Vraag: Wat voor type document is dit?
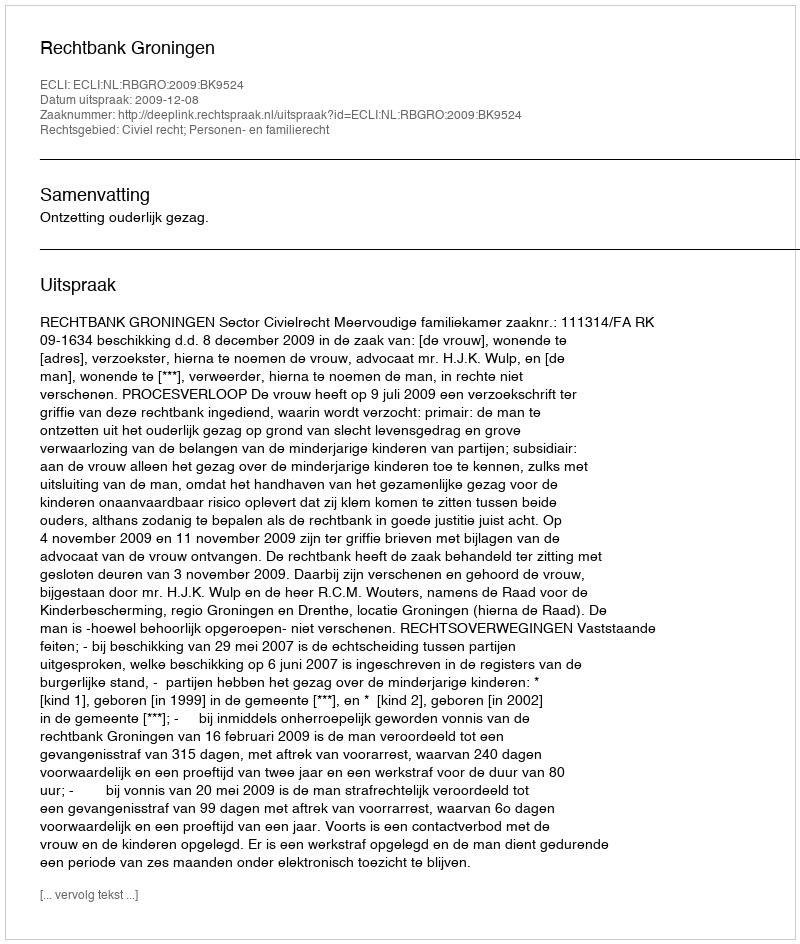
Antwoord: Uitspraak